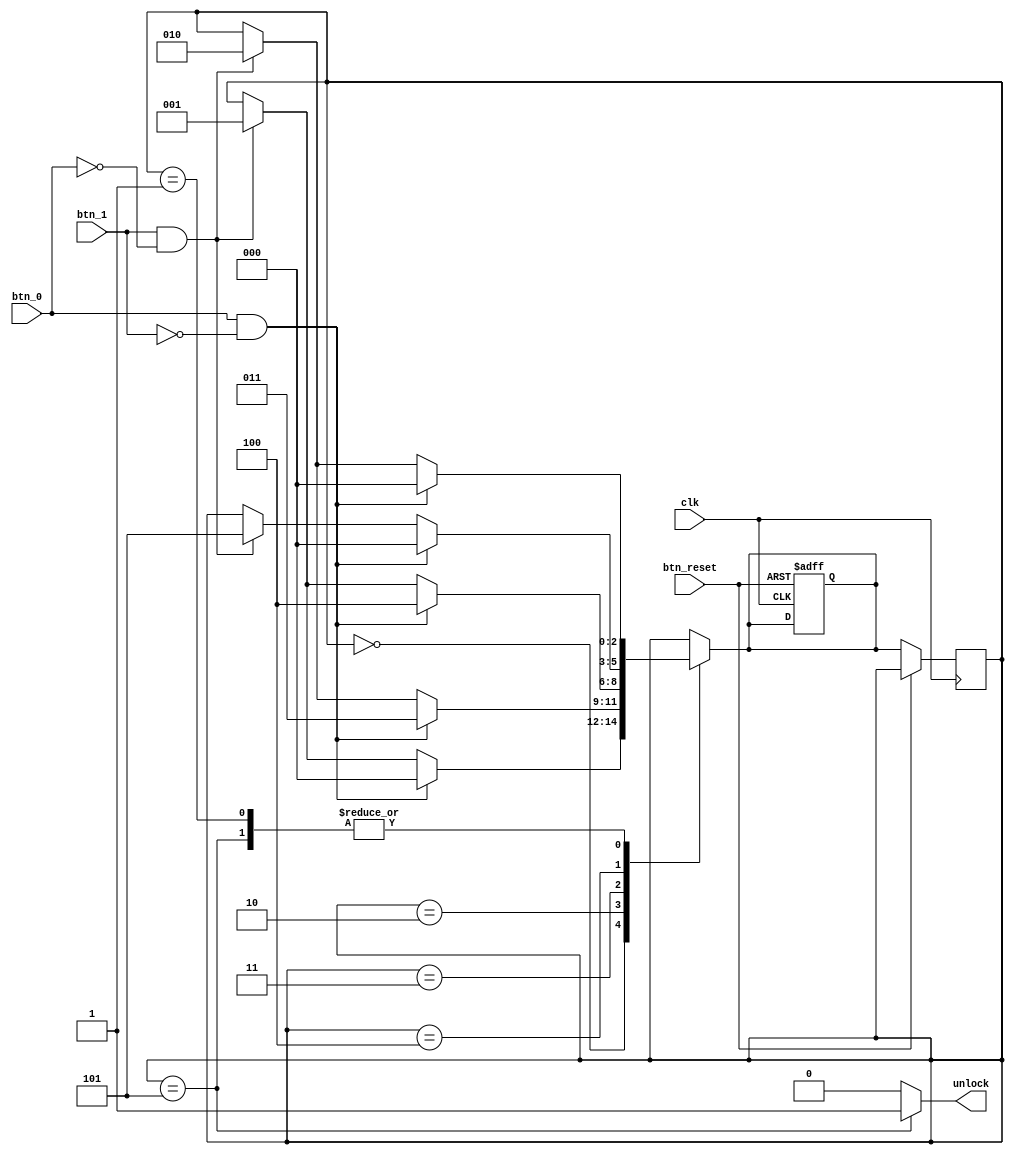
module lock(
	input clk,
	input btn_reset,
	input btn_0,
	input btn_1,
	output reg unlock
);

//password:11001

parameter s_reset=3'b000;
parameter s_1=3'b001;
parameter s_11=3'b010;
parameter s_110=3'b011;
parameter s_1100=3'b100;
parameter s_11001=3'b101;


reg [2:0] state=s_reset;
reg [2:0] next_state=s_reset;

always@(posedge clk or posedge btn_reset)begin
	if(btn_reset)
		next_state<=s_reset;
	else
		state<=next_state;
end


always@(*)begin
	next_state=state;
	case(state)
		s_reset:begin
			if(btn_0&!btn_1)
				next_state=s_reset;
			else if(btn_1&!btn_0)
				next_state=s_1;
			end
		s_1:begin
			if(btn_0&!btn_1)
				next_state=s_reset;
			else if(btn_1&!btn_0)
				next_state=s_11;
			end
		s_11:begin
			if(btn_0&!btn_1)
				next_state=s_110;
			else if(btn_1&!btn_0)
				next_state=s_11;
			end
		s_110:begin
			if(btn_0&!btn_1)
				next_state=s_1100;
			else if(btn_1&!btn_0)
				next_state=s_1;
			end
		s_1100:begin
			if(btn_0&!btn_1)
				next_state=s_reset;
			else if(btn_1&!btn_0)
				next_state=s_11001;
			end
		s_11001:begin
			if(btn_0&!btn_1)
				next_state=s_reset;
			else if(btn_1&!btn_0)
				next_state=s_11;
			end
	endcase
end
always@(state)begin
	case(state)
		s_11001: unlock = 1;
		default: unlock = 0;
	endcase
end

endmodule